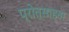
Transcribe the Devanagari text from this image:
प्रोत्साहना